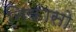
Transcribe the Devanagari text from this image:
निकासो